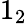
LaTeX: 1_{2}